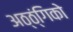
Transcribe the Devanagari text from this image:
अठ्ठ्ंगिको